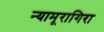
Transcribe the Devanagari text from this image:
न्यामूरागिरा